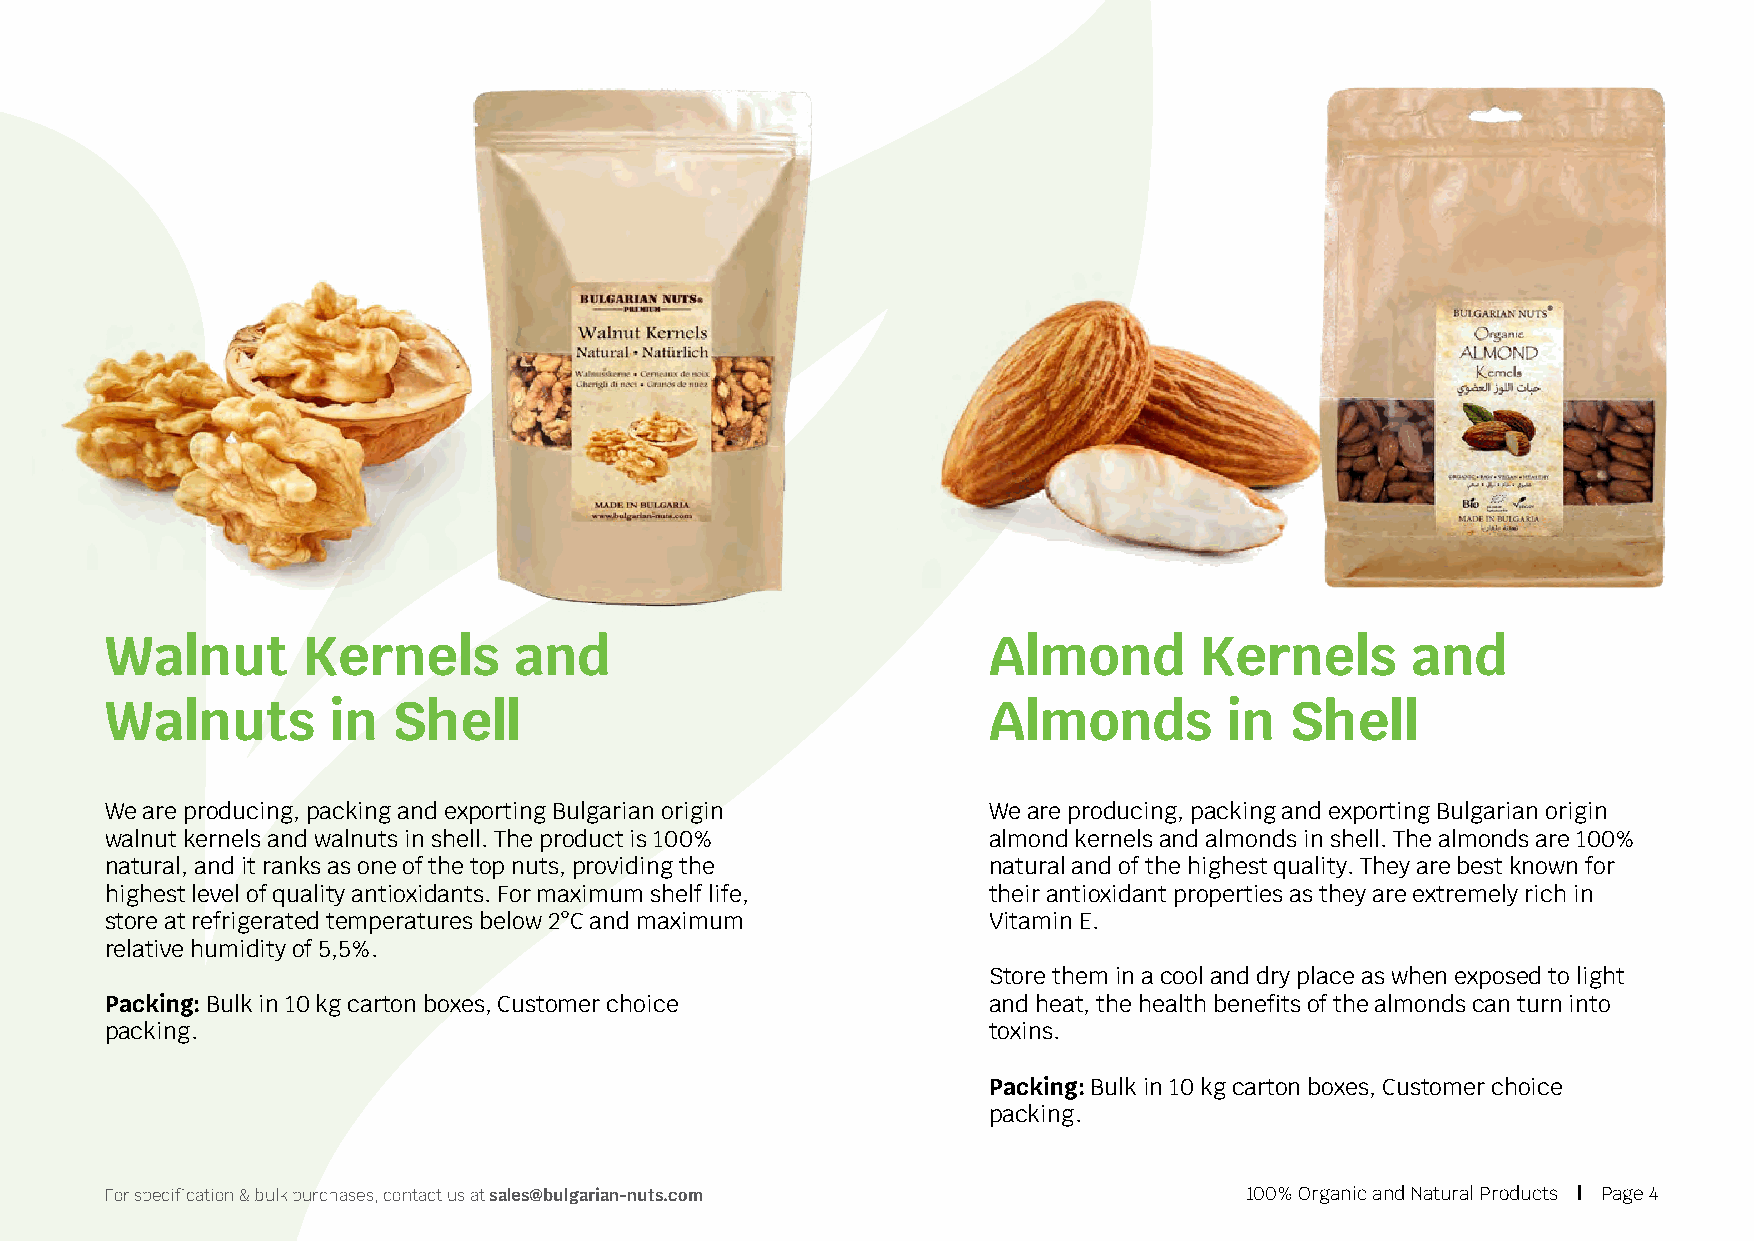
Walnut       Kernels       and                            Almond        Kernels       and
 Walnuts        in  Shell                                  Almonds         in  Shell
 We are producing, packing and exporting Bulgarian origin  We are producing, packing and exporting Bulgarian origin
 walnut kernels and walnuts in shell. The product is 100%  almond kernels and almonds in shell. The almonds are 100%
 natural, and it ranks as one of the top nuts, providing the natural and of the highest quality. They are best known for
 highest level of quality antioxidants. For maximum shelf life, their antioxidant properties as they are extremely rich in
 store at refrigerated temperatures below 2°C and maximum  Vitamin E.
 relative humidity of 5,5%.
 Store them in a cool and dry place as when exposed to light
 Packing: Bulk in 10 kg carton boxes, Customer choice      and heat, the health benefits of the almonds can turn into
 packing.                                                  toxins.
 Packing: Bulk in 10 kg carton boxes, Customer choice
 packing.
 For specification & bulk purchases, contact us at sales@bulgarian-nuts.com 100% Organic and Natural Products | Page 4